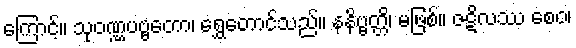
ကြောင့်။ သုဝဏ္ဏပဗ္ဗတော၊ ရွှေတောင်သည်။ နနိဗ္ဗတ္တိ၊ မဖြစ်။ ဇဋိလဿ စေဝ၊